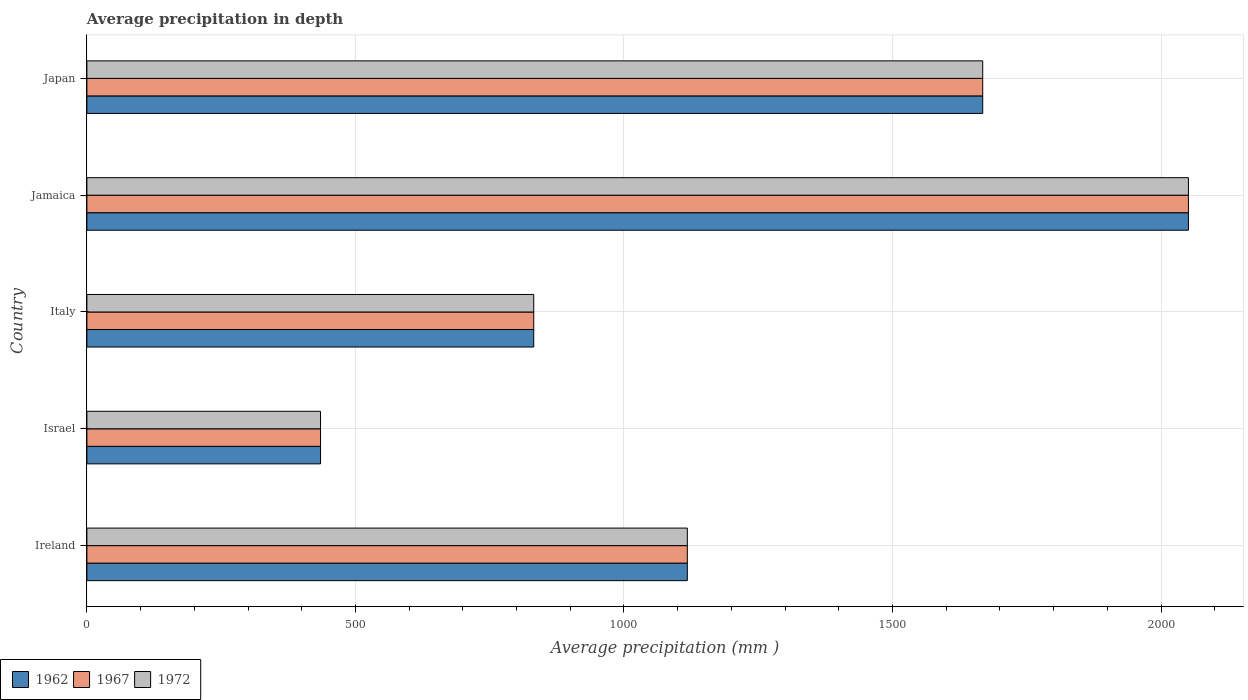
| Country | 1962 | 1967 | 1972 |
 | --- | --- | --- | --- |
 | Ireland | 1.12e+03 | 1.12e+03 | 1.12e+03 |
 | Israel | 435 | 435 | 435 |
 | Italy | 832 | 832 | 832 |
 | Jamaica | 2.05e+03 | 2.05e+03 | 2.05e+03 |
 | Japan | 1.67e+03 | 1.67e+03 | 1.67e+03 |